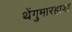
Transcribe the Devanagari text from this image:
थेंगुमारहाडा